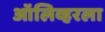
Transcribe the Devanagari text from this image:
ऑलिव्हरला